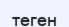
теген